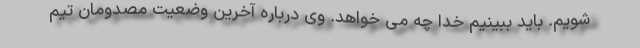
شویم. باید ببینیم خدا چه می خواهد. وی درباره آخرین وضعیت مصدومان تیم